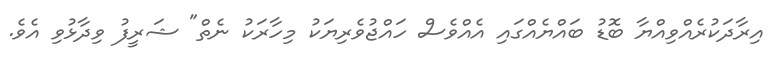
އިރާދަކުރެއްވިއްޔާ ބޮޑު ބައްޔެއްގައި އެއްވެސް ހައްޖުވެރިޔަކު މިހާރަކު ނެތް" ޝަރީފު ވިދާޅުވި އެވެ.